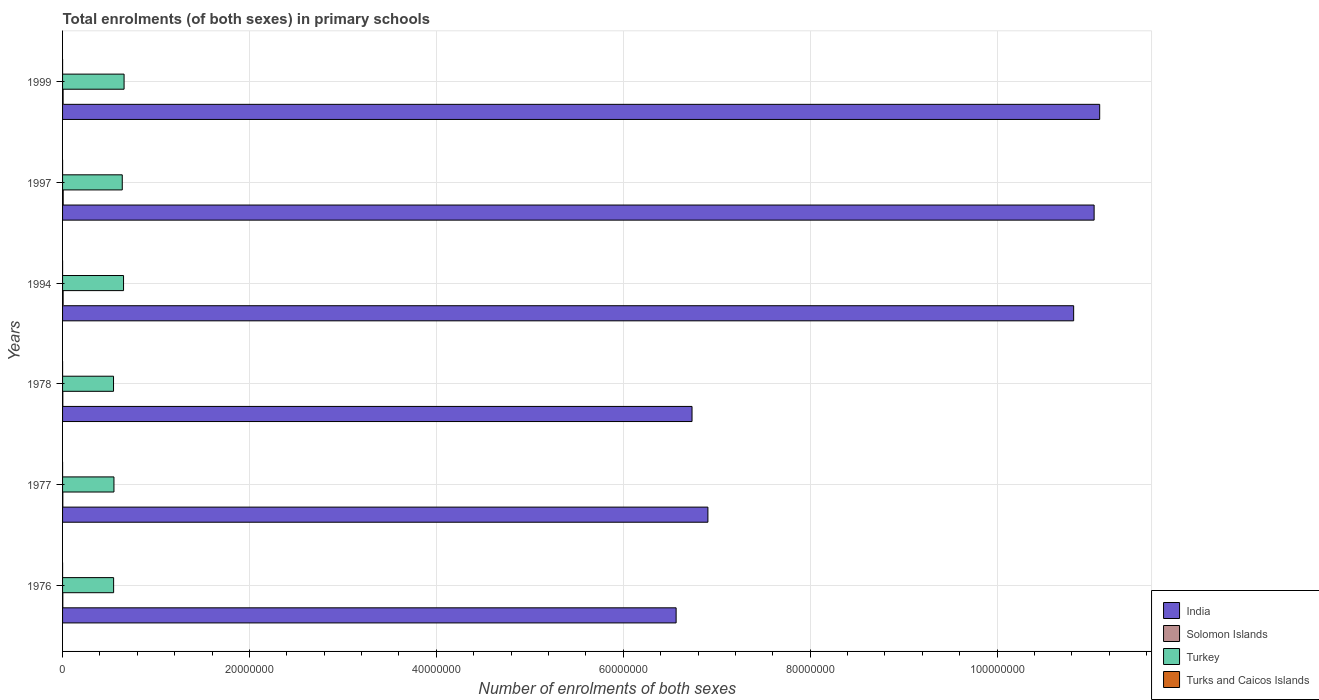
| Years | India | Solomon Islands | Turkey | Turks and Caicos Islands |
 | --- | --- | --- | --- | --- |
 | 1976 | 6.57e+07 | 2.7e+04 | 5.46e+06 | 1.76e+03 |
 | 1977 | 6.91e+07 | 2.64e+04 | 5.5e+06 | 1.8e+03 |
 | 1978 | 6.74e+07 | 2.67e+04 | 5.45e+06 | 1.69e+03 |
 | 1994 | 1.08e+08 | 6.05e+04 | 6.53e+06 | 1.75e+03 |
 | 1997 | 1.1e+08 | 6.68e+04 | 6.39e+06 | 1.57e+03 |
 | 1999 | 1.11e+08 | 5.8e+04 | 6.58e+06 | 1.82e+03 |